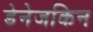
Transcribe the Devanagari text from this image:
डेनेजकिन